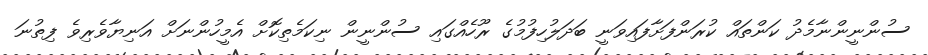
ސުންނީންނާމެދު ކަންތައް ކުރަންފަށާފައިވަނީ ބަދަލުހިފުމުގެ ރޫހެއްގައި ސުންނީން ނިކަމެތިކޮށް އެމީހުންނަށް އަނިޔާވެރިވެ ފިތުނަ